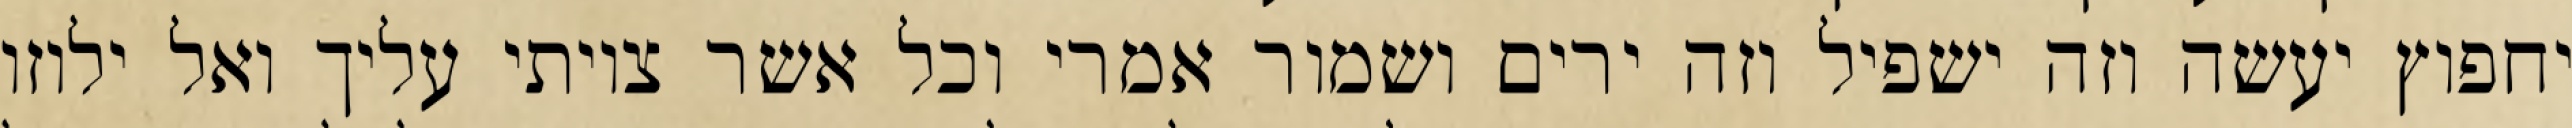
יחפוץ יעשה וזה ישפיל וזה ירים ושמור אמרי וכל אשר צויתי עליך ואל ילוזו